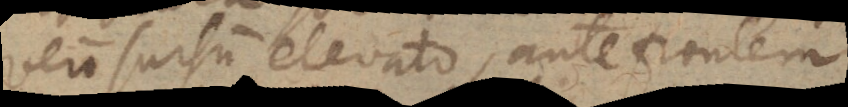
vero sursum elevato, ante frontem